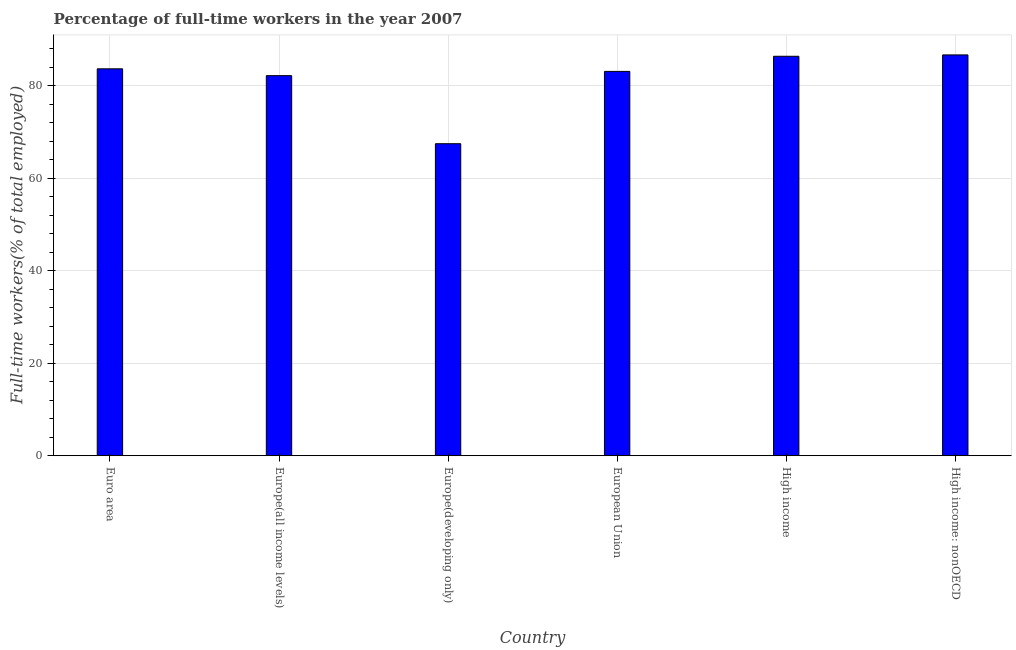
| Country | Wage and salaried workers |
 | --- | --- |
 | Euro area | 83.7 |
 | Europe(all income levels) | 82.2 |
 | Europe(developing only) | 67.5 |
 | European Union | 83.1 |
 | High income | 86.4 |
 | High income: nonOECD | 86.7 |